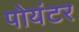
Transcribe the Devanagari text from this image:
पोयंटर